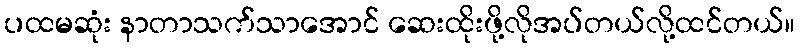
ပထမဆုံး နာတာသက်သာအောင် ဆေးထိုးဖို့လိုအပ်တယ်လို့ထင်တယ်။